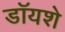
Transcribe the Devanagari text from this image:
डॉयशे